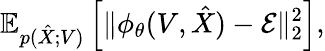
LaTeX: \mathbb{E}_{p(\hat{X};V)}\left[\| \phi_{\theta}({V},\hat{{X}})-{\mathcal{E}}\| _{2}^{2}\right],